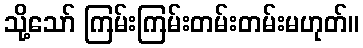
သို့သော် ကြမ်းကြမ်းတမ်းတမ်းမဟုတ်။